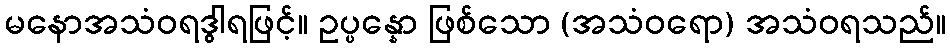
မနောအသံဝရဒွါရဖြင့်။ ဥပ္ပန္နော ဖြစ်သော (အသံဝရော) အသံဝရသည်။